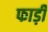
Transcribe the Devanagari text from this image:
फाड़ी